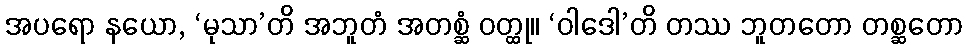
အပရော နယော, ‘မုသာ’တိ အဘူတံ အတစ္ဆံ ဝတ္ထု။ ‘ဝါဒေါ’တိ တဿ ဘူတတော တစ္ဆတော